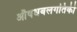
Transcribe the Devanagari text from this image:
औषधबलगतिकी